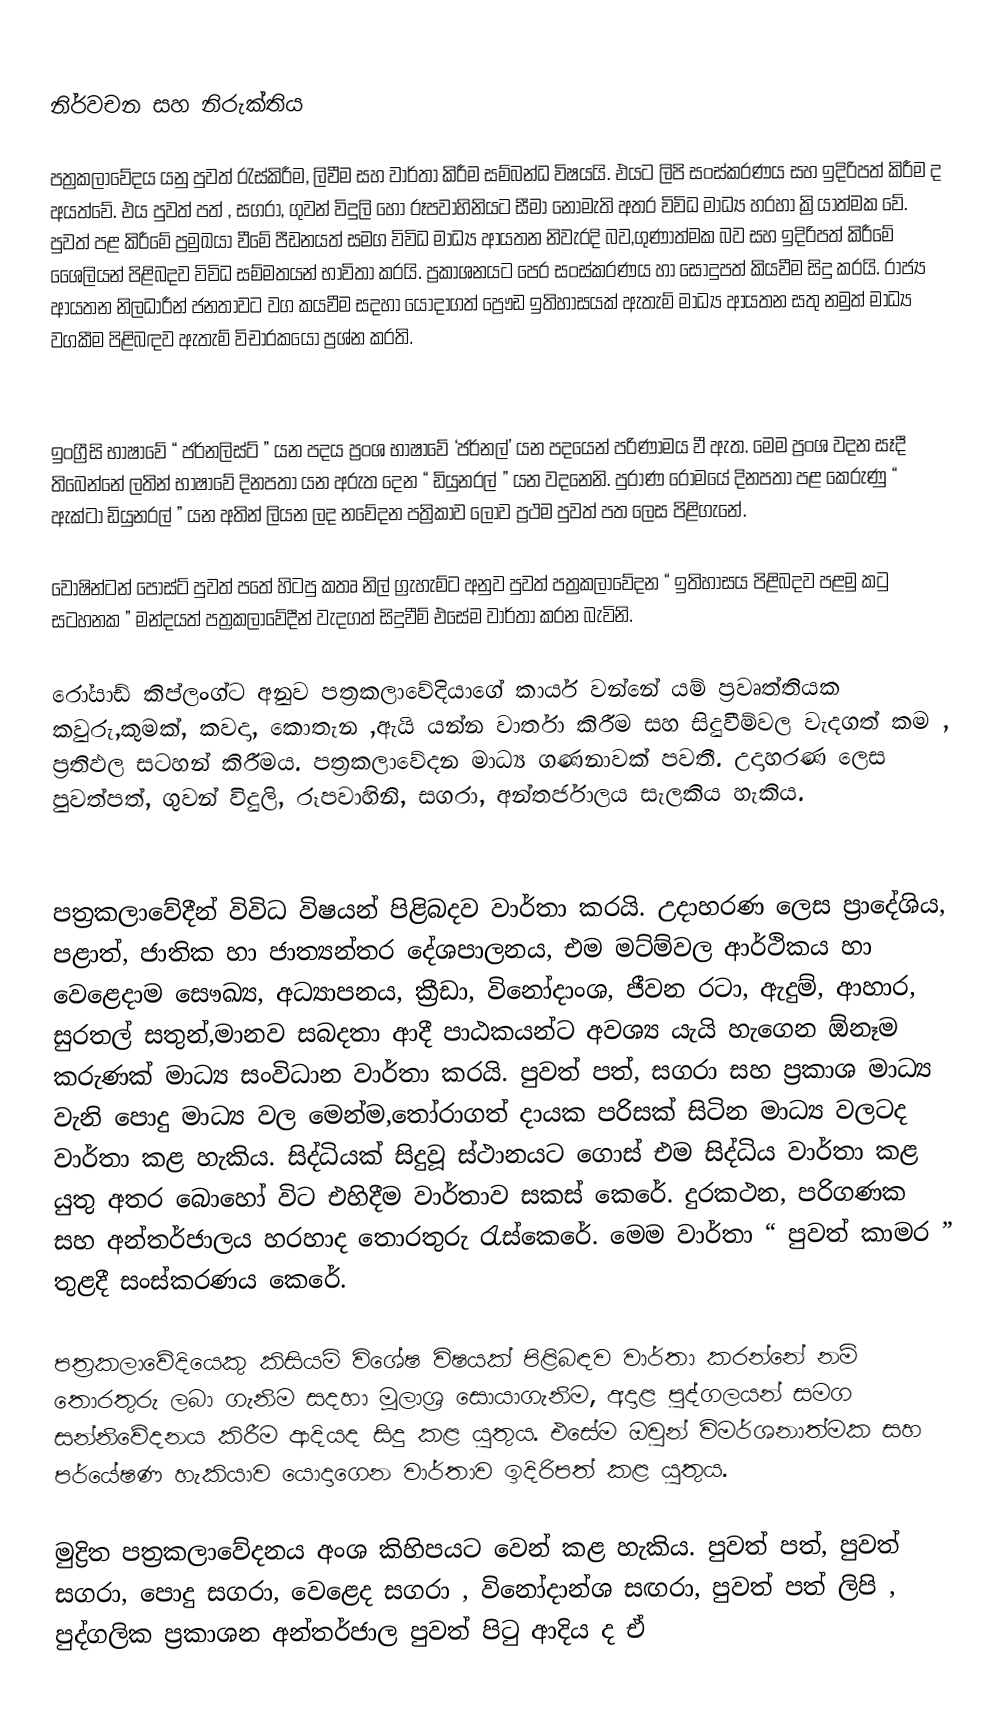

නිර්වචන සහ නිරුක්තිය

පත්‍රකලාවේදය යනු පුවත් රැස්කිරීම, ලිවීම සහ වාර්තා කිරීම සම්බන්ධ විෂයයි. එයට ලිපි සංස්කරණය සහ ඉදිරිපත් කිරීම ද අයත්වේ. එය පුවත් පත් , සගරා, ගුවන් විදුලි හෝ රූපවාහිනියට සීමා නොමැති අතර විවිධ මාධ්‍ය හරහා ක්‍රියාත්මක වේ. පුවත් පළ කිරීමේ ප්‍රමුඛයා වීමේ පීඩනයත් සමග විවිධ මාධ්‍ය ආයතන නිවැරදි බව,ගුණාත්මක බව සහ ඉදිරිපත් කිරීමේ ශෛලියන් පිළිබදව විවිධ සම්මතයන් භාවිතා කරයි. ප්‍රකාශනයට පෙර සංස්කරණය හා සෝදුපත් කියවීම සිදු කරයි. රාජ්‍ය ආයතන නිලධාරීන් ජනතාවට වග කයවීම සදහා  යොදාගත් ප්‍රෞඩ ඉතිහාසයක් ඇතැම් මාධ්‍ය ආයතන සතු නමුත් මාධ්‍ය වගකීම පිළිබඳව ඇතැම්  විචාරකයෝ ප්‍රශ්න කරති.

ඉංග්‍රීසි භාෂාවේ “ ජර්නලිස්ට් ” යන පදය ප්‍රංශ භාෂාවේ ‘ජර්නල්’ යන පදයෙන් පරිණාමය වී ඇත. මෙම ප්‍රංශ වදන සෑදී තිබෙන්නේ ලතින් භාෂාවේ දිනපතා යන අරුත දෙන “ ඩියුනරල් ” යන වදනෙනි. පුරාණ රෝමයේ දිනපතා පළ කෙරුණු “ ඇක්ටා ඩියුනරල් ” යන අතින් ලියන ලද නවේදන පත්‍රිකාව ලොව ප්‍රථම පුවත් පත ලෙස පිළිගැනේ.

වොෂින්ටන් පෝස්ට් පුවත් පතේ හිටපු කතෘ නිල් ග්‍රැහැම්ට අනුව පුවත් පත්‍රකලාවේදන “ ඉතිහාසය පිළිබදව පළමු කටු සටහනක ” මන්දයත් පත්‍රකලාවේදීන් වැදගත් සිදුවීම් එසේම වාර්තා කරන බැවිනි.

රෝයාඩ් කිප්ලංග්ට අනුව පත්‍රකලාවේදියාගේ කාර්ය වන්නේ යම් ප්‍රවෘත්තියක කවුරු,කුමක්, කවදා, කොතැන ,ඇයි යන්න වාර්තා කිරීම සහ සිදුවීම්වල වැදගත් කම , ප්‍රතිඵල සටහන් කිරීමය. පත්‍රකලාවේදන මාධ්‍ය ගණනාවක් පවතී. උදාහරණ ලෙස පුවත්පත්, ගුවන් විදුලි, රූපවාහිනි, සගරා, අන්තර්ජාලය සැලකිය හැකිය.

පත්‍රකලාවේදීන් විවිධ විෂයන් පිළිබදව වාර්තා කරයි. උදාහරණ ලෙස ප්‍රාදේශිය, පළාත්, ජාතික හා ජාත්‍යන්තර දේශපාලනය, එම මට්ම්වල ආර්ථිකය හා වෙළෙදාම සෞඛ්‍ය, අධ්‍යාපනය, ක්‍රීඩා, විනෝදාංශ, ජීවන රටා, ඇදුම්, ආහාර, සුරතල් සතුන්,මානව සබදතා ආදී පාඨකයන්ට අවශ්‍ය යැයි හැගෙන ඕනෑම කරුණක් මාධ්‍ය සංවිධාන වාර්තා කරයි. පුවත් පත්, සගරා සහ ප්‍රකාශ මාධ්‍ය වැනි පොදු මාධ්‍ය වල මෙන්ම,තෝරාගත් දායක පරිසක් සිටින මාධ්‍ය  වලටද වාර්තා කළ හැකිය. සිද්ධියක් සිදුවූ ස්ථානයට ගොස් එම සිද්ධිය වාර්තා කළ යුතු අතර බොහෝ විට එහිදීම වාර්තාව සකස් කෙරේ. දුරකථන, පරිගණක සහ අන්තර්ජාලය හරහාද තොරතුරු රැස්කෙරේ. මෙම වාර්තා “ පුවත් කාමර ” තුළදී සංස්කරණය කෙරේ.

පත්‍රකලාවේදියෙකු කිසියම් විශේෂ විෂයක් පිළිබඳව වාර්තා කරන්නේ නම් තොරතුරු ලබා ගැනිම සදහා මූලාශ්‍ර සොයාගැනිම, අදාළ පුද්ගලයන් සමග සන්නිවේදනය කිරීම ආදියද සිදු කළ යුතුය. එසේම ඔවුන් විමර්ශනාත්මක සහ පර්යේෂණ හැකියාව යොදාගෙන වාර්තාව ඉදිරිපත් කළ යුතුය.

මුද්‍රිත පත්‍රකලාවේදනය අංශ කිහිපයට වෙන් කළ හැකිය. පුවත් පත්, පුවත් සගරා, පොදු සගරා, වෙළෙද සගරා , විනෝදාන්ශ සඟරා, පුවත් පත් ලිපි , පුද්ගලික ප්‍රකාශන අන්තර්ජාල පුවත් පිටු ආදිය ද ඒ